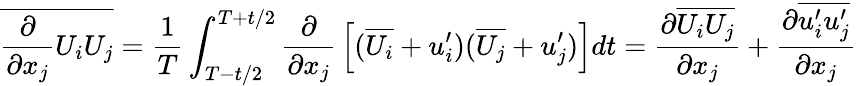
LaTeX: \overline{{{\frac{\partial}{\partial x_{j}}}U_{i}U_{j}}}={\frac{1}{T}}\int_{T-t/2}^{T+t/2}{\frac{\partial}{\partial x_{j}}}\left[(\overline{{U_{i}}}+u_{i}^{\prime})(\overline{{U_{j}}}+u_{j}^{\prime})\right]dt={\frac{\partial\overline{{U_{i}}}\overline{{U_{j}}}}{\partial x_{j}}}+{\frac{\partial\overline{{u_{i}^{\prime}u_{j}^{\prime}}}}{\partial x_{j}}}